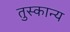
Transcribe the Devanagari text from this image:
तुस्कान्य